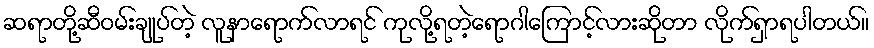
ဆရာတို့ဆီဝမ်းချုပ်တဲ့ လူနာရောက်လာရင် ကုလို့ရတဲ့ရောဂါကြောင့်လားဆိုတာ လိုက်ရှာရပါတယ်။